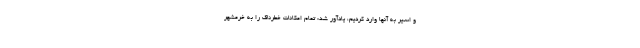
و اسیر به آنها وارد کردیم، یادآور شد: تمام امکانات خطرناک را به خرمشهر